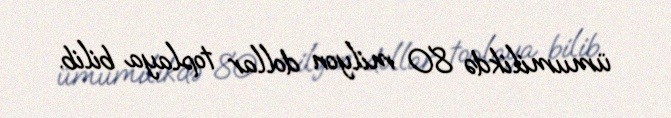
ümumilikdə 80 milyon dollar toplaya bilib.